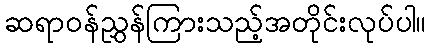
ဆရာဝန်ညွှန်ကြားသည့်အတိုင်းလုပ်ပါ။